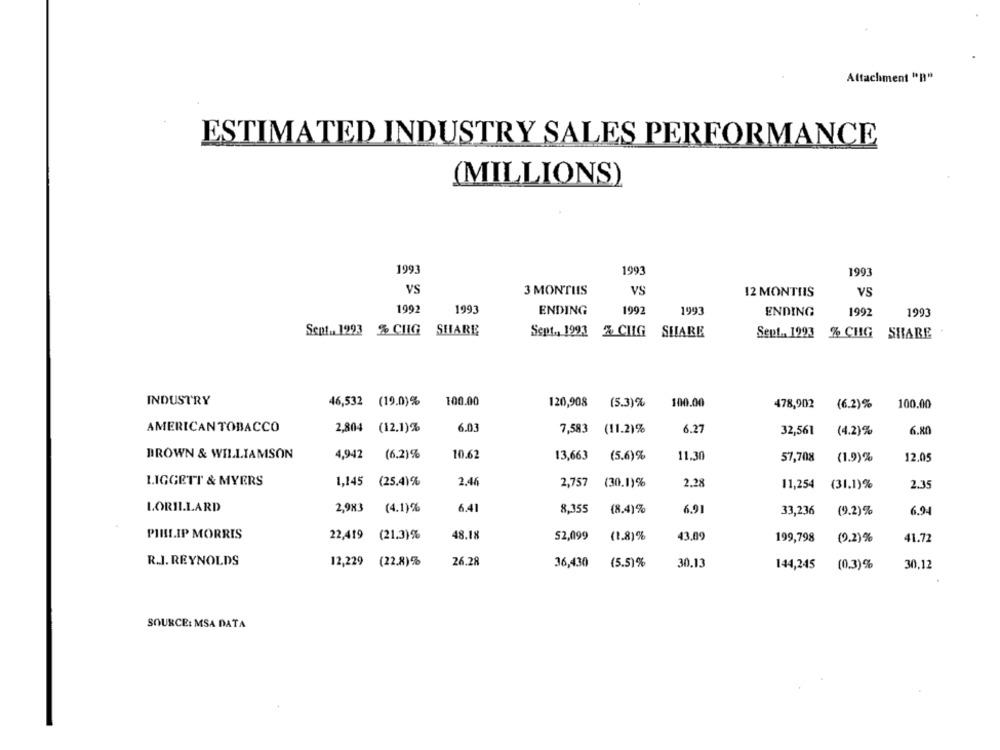
Attachment "B"
ESTIMATED INDUSTRY SALES PERFORMANCE
(MILLIONS)
199
1993
1993
VS
3 MONTHS
VS
VS
12 MONTHS
1992
1993
ENDING
1992
1993
ENDING
1992
1993
Sent. 1293 % CHIG SHARE
Sept ., 1993 % CIG
SHARE
Sept ., 1993 % CHG SHARE
INDUSTRY
46,532 (19.0)%
100.00
120,908
(5.3)%
100.00
478,902
(6.2)%
100.00
AMERICAN TOBACCO
2,804 (12.1)%
6.03
7,583
(11.2)%
6.27
32,561
(4.2)%
6.80
BROWN & WILLIAMSON
4,942
(6.2)%
10.62
13,663
(5.6)%
11.30
57,708
(1.9)%
12.05
LIGGETT & MYERS
2,46
1,145 (25.4)%
2,757
(30.1)%
2.28
11,254
(31.1)%
2.35
LORILLARD
2,983
(4.1)%
6.41
8,355
(8.4)%
6.91
33,236
(9.2)%
6.94
PIHLIP MORRIS
22,419
(21.3) %
48.18
52,099
(1.8)%
43.09
199,798
(0.2)%
41.72
R.J. REYNOLDS
12,229 (22.8)%
26.28
36,430
(5.5)%
30.13
144,245
(0.3)%
30.12
SOURCE: MSA DATA